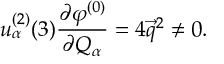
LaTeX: u _ { \alpha } ^ { ( 2 ) } ( 3 ) \frac { \partial \varphi ^ { ( 0 ) } } { \partial Q _ { \alpha } } = 4 \vec { q } ^ { 2 } \not = 0 .